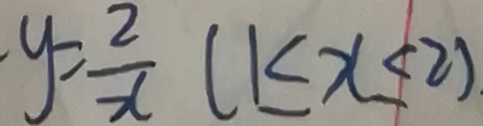
y = \frac { 2 } { x } ( 1 \leq x \leq 2 )